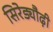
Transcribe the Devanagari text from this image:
सिरेड्यौढ़ी